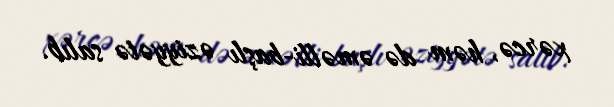
xərcə, həm də əməlli-başlı əziyyətə salıb.